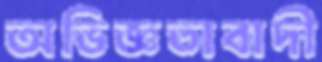
অভিজ্ঞতাবাদী